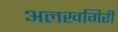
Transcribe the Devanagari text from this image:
अलखगिरी